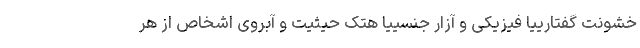
خشونت گفتارییا فیزیکی و آزار جنسییا هتک حیثیت و آبروی اشخاص از هر